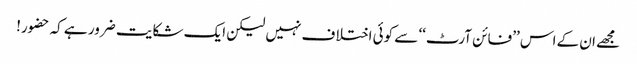
مجھے ان کے اس ’’فائن آرٹ‘‘ سے کوئی اختلا ف نہیں لیکن ایک شکایت ضرور ہے کہ حضور!